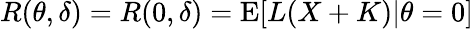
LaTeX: R(\theta,\delta)=R(0,\delta)=\operatorname{E}[L(X+K)|\theta=0]